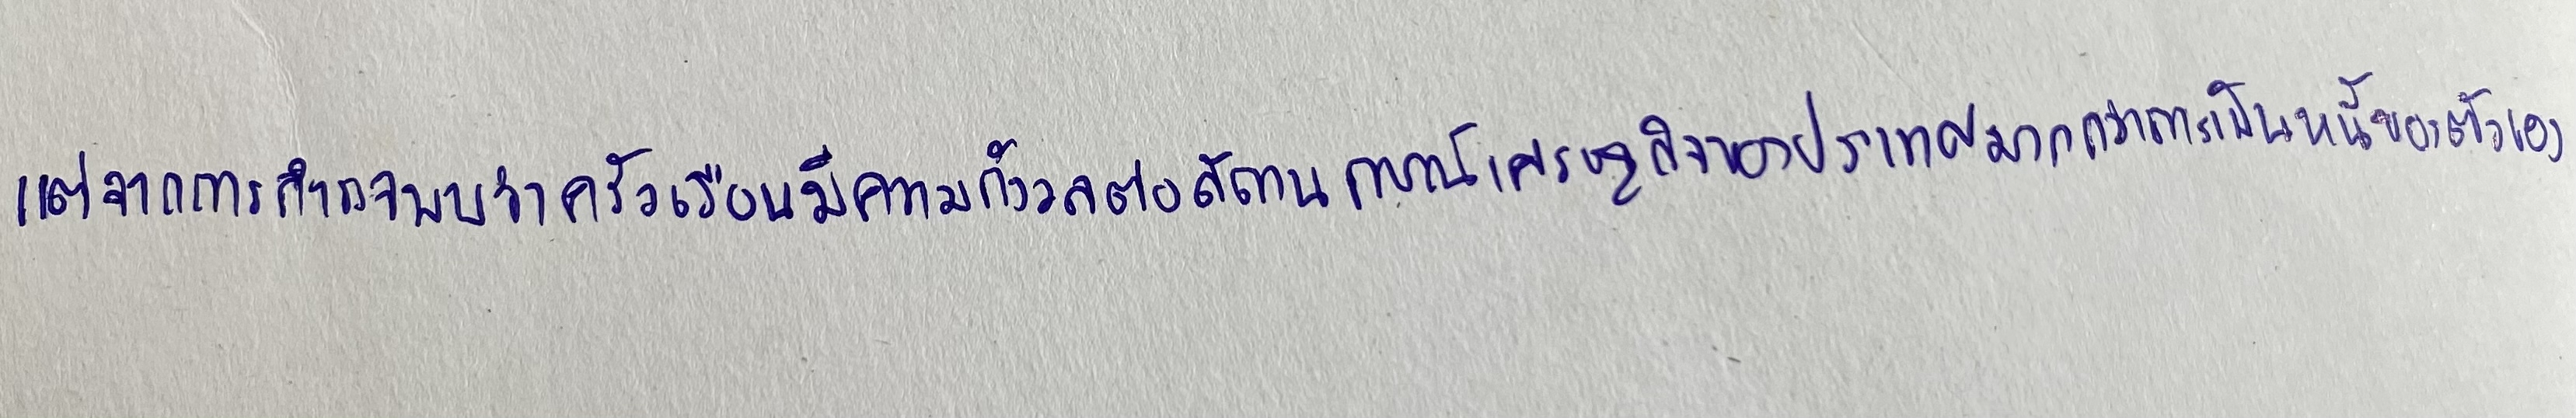
แต่จากการสำรวจพบว่าครัวเรือนมีความกังวลต่อสถานการณ์เศรษฐกิจของประเทศมากกว่าการเป็นหนี้ของตัวเอง